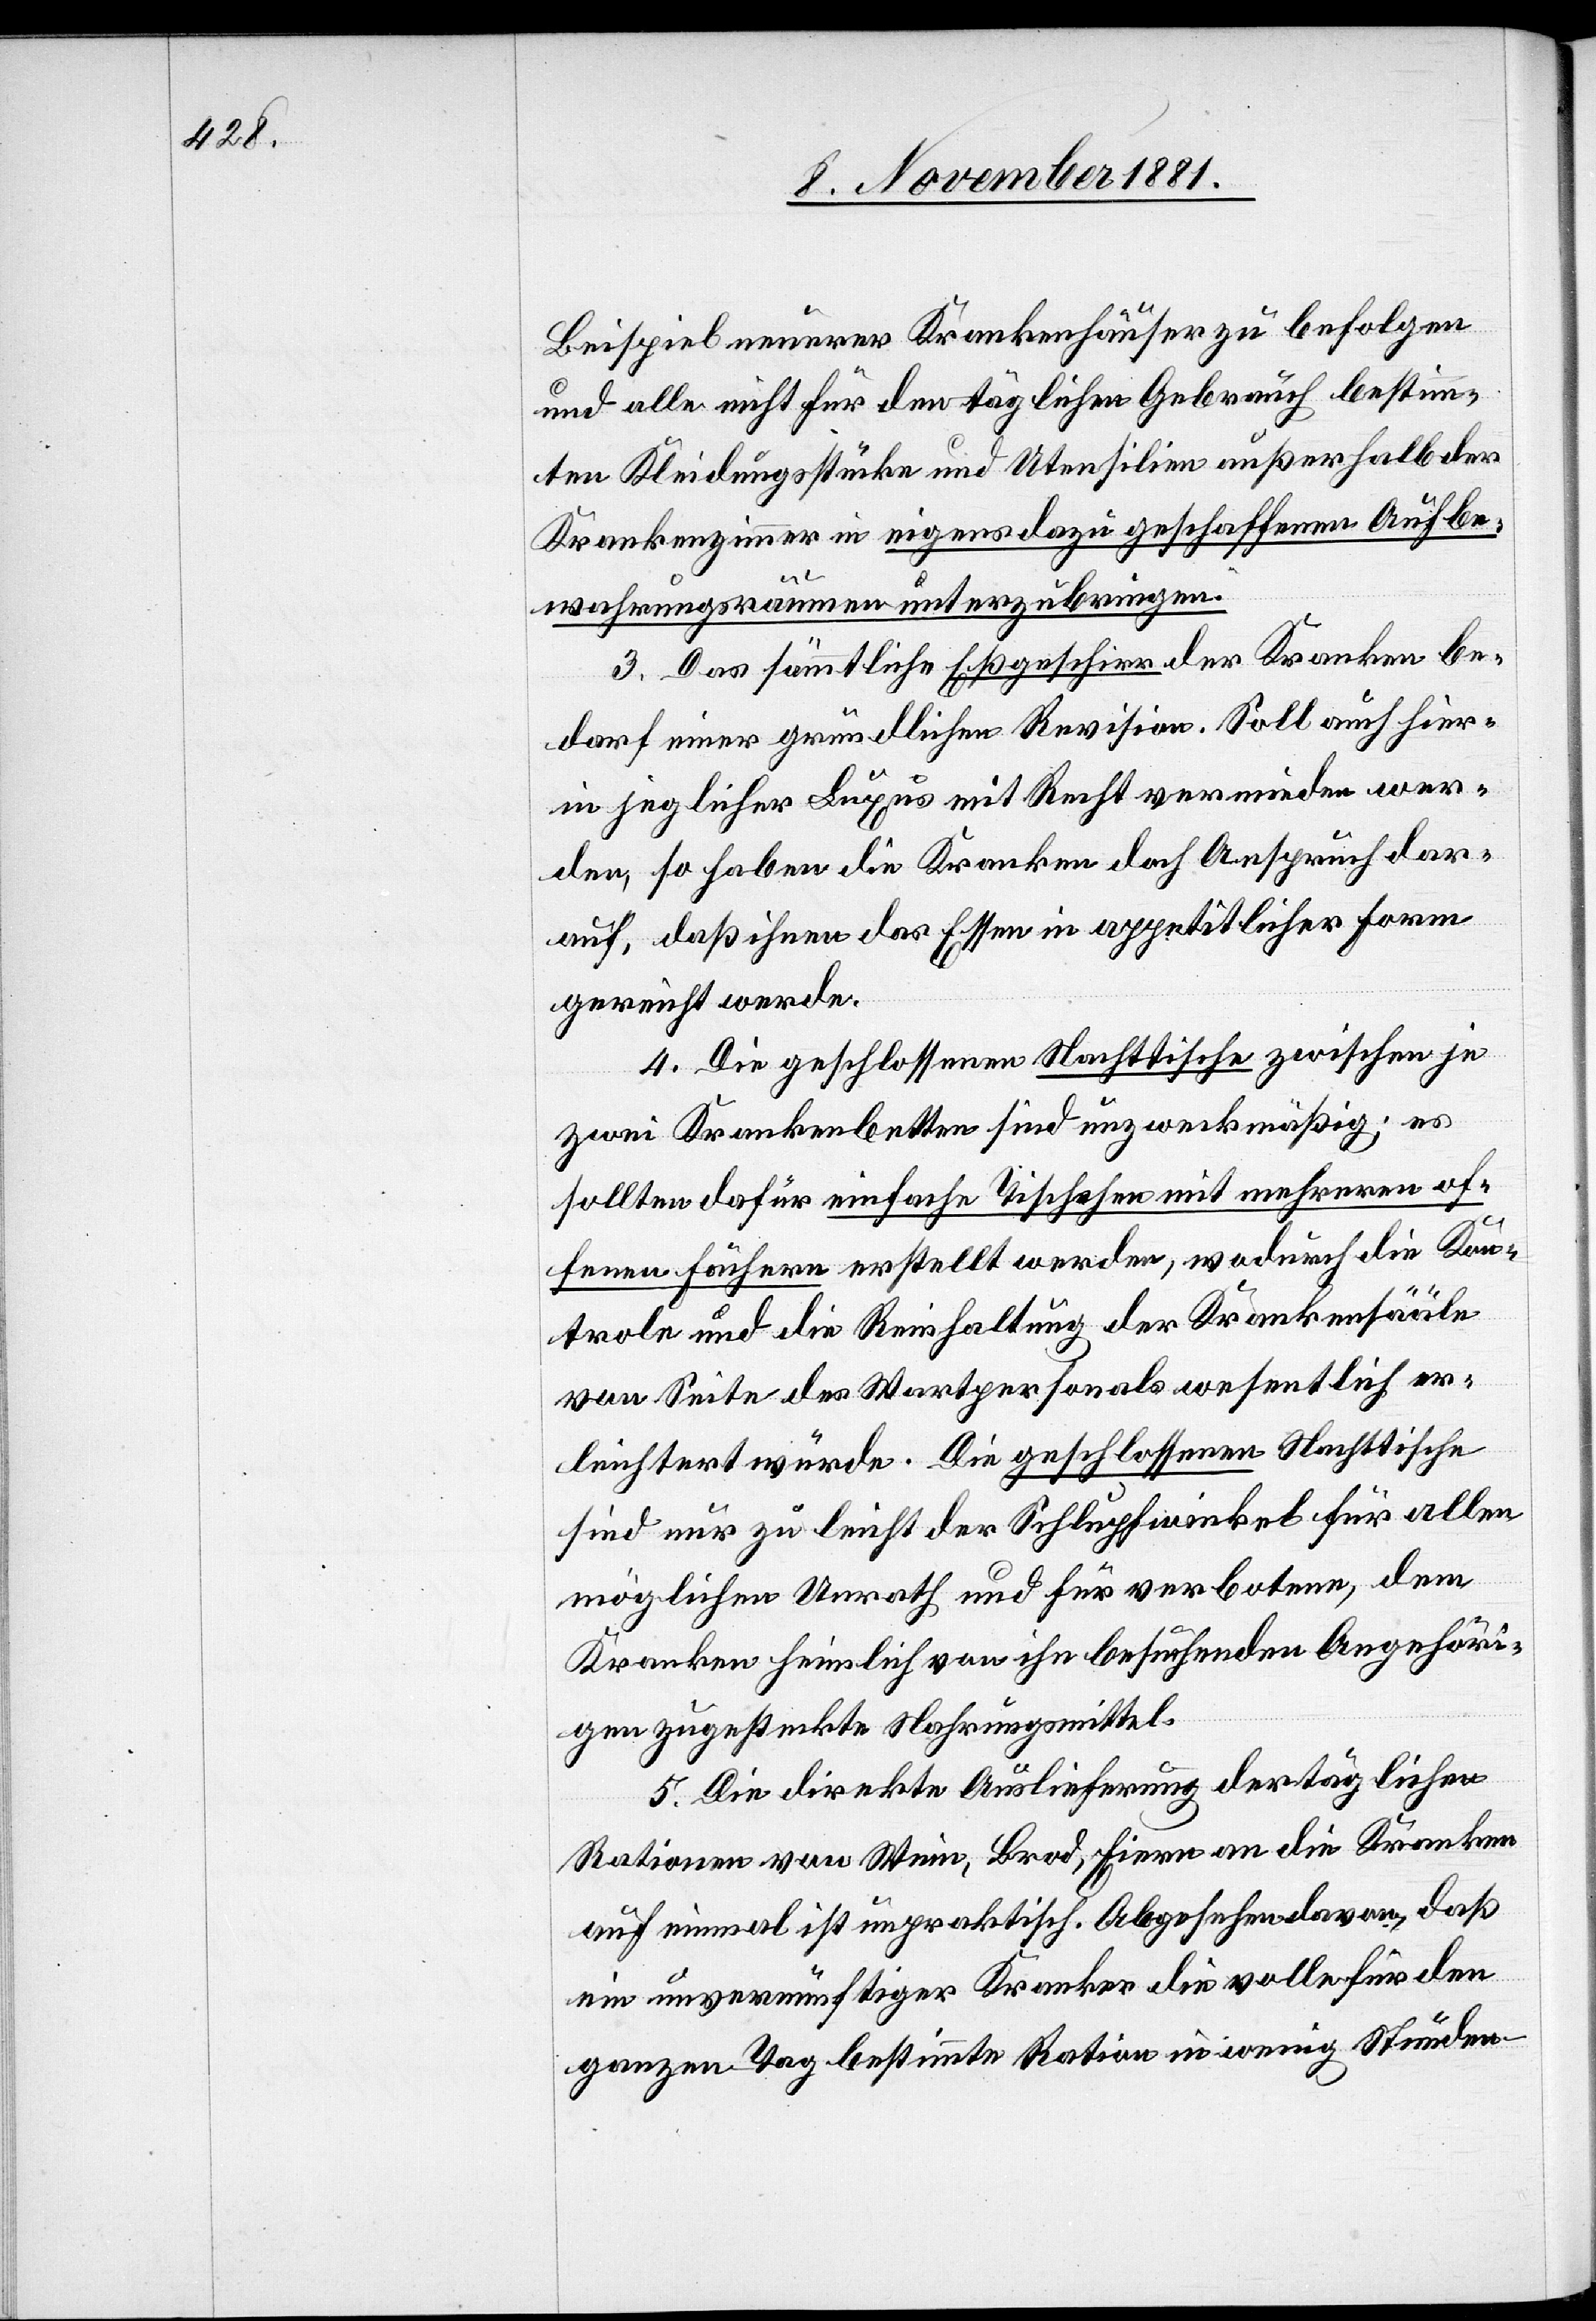
Beispiel neuerer Krankenhäuser zu befolgen
und alle nicht für den täglichen Gebrauch bestimm¬
ten Kleidungsstücke und Utensilien außerhalb der
Krankenzimmer in eigens dazu geschaffenen Aufbe¬
wahrungsräumen unterzubringen.
3. Das sämmtliche Eßgeschirr der Kraken be¬
darf einer gründlichen Revision. Soll auch hier¬
in jeglicher Luxus mit Recht vermieden wer¬
den, so haben die Kranken doch Anspruch dar¬
auf, daß ihnen das Essen in appetitlicher Form
gereicht werde.
4. Die geschlossenen Nachttische zwischen je
zwei Krankenbetten sind unzweckmäßig; es
sollten dafür einfache Tischchen mit mehreren of¬
fenen Fächern erstellt werden, wodurch die Kon¬
trole und die Reinhaltung der Krankensääle
von Seite des Wartpersonals wesentlich er¬
leichtert würde. Die geschlossenen Nachttische
sind nur zu leicht der Schlupfwinkel für allen
möglichen Unrath und für verbotene, dem
Kranken heimlich von ihn besuchenden Angehöri¬
gen zugesteckte Nahrungsmittel.
5. Die direkte Auslieferung der täglichen
Rationen von Wein, Brod, Eiern an die Kranken
auf einmal ist unpraktisch. Abgesehen davon, daß
ein unvernünftiger Kranker die volle für den
ganzen Tag bestimmte Ration in wenig Stunden